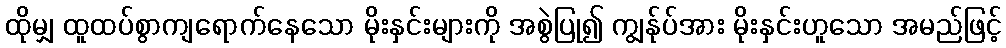
ထိုမျှ ထူထပ်စွာကျရောက်နေသော မိုးနှင်းများကို အစွဲပြု၍ ကျွန်ုပ်အား မိုးနှင်းဟူသော အမည်ဖြင့်